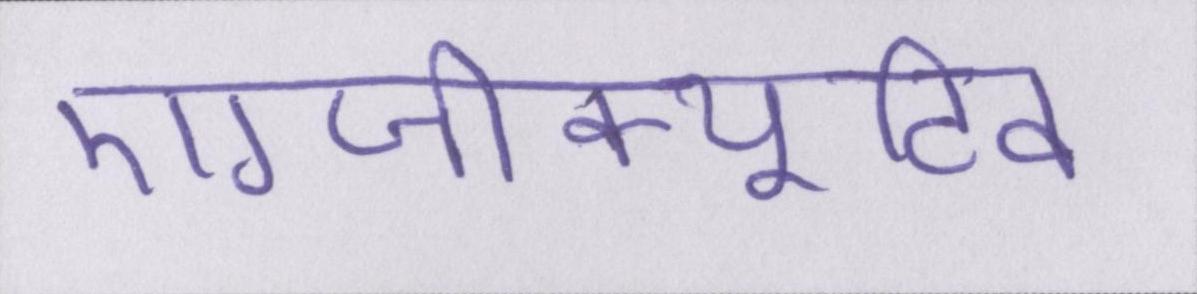
एग्जीक्यूटिव